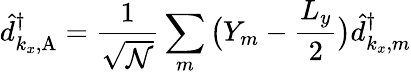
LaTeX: \hat{d}_{k_{x},\mathrm{A}}^{\dagger}=\frac{1}{\sqrt{\mathcal{N}}}\sum_{m}\big(Y_{m}-\frac{L_{y}}{2}\big)\hat{d}_{k_{x},m}^{\dagger}